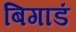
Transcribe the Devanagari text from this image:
बिगाडं